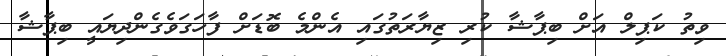
ވިތު ކަޕިލް އަށް ބިޕާޝާ ކުރި ޒިޔާރަތުގައި އެންމެ ބޮޑަށް ފާހަގަވެގެންދިޔައީ ބިޕާޝާ